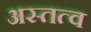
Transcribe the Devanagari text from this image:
अस्तत्व